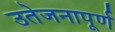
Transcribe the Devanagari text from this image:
उतेजनापूर्ण